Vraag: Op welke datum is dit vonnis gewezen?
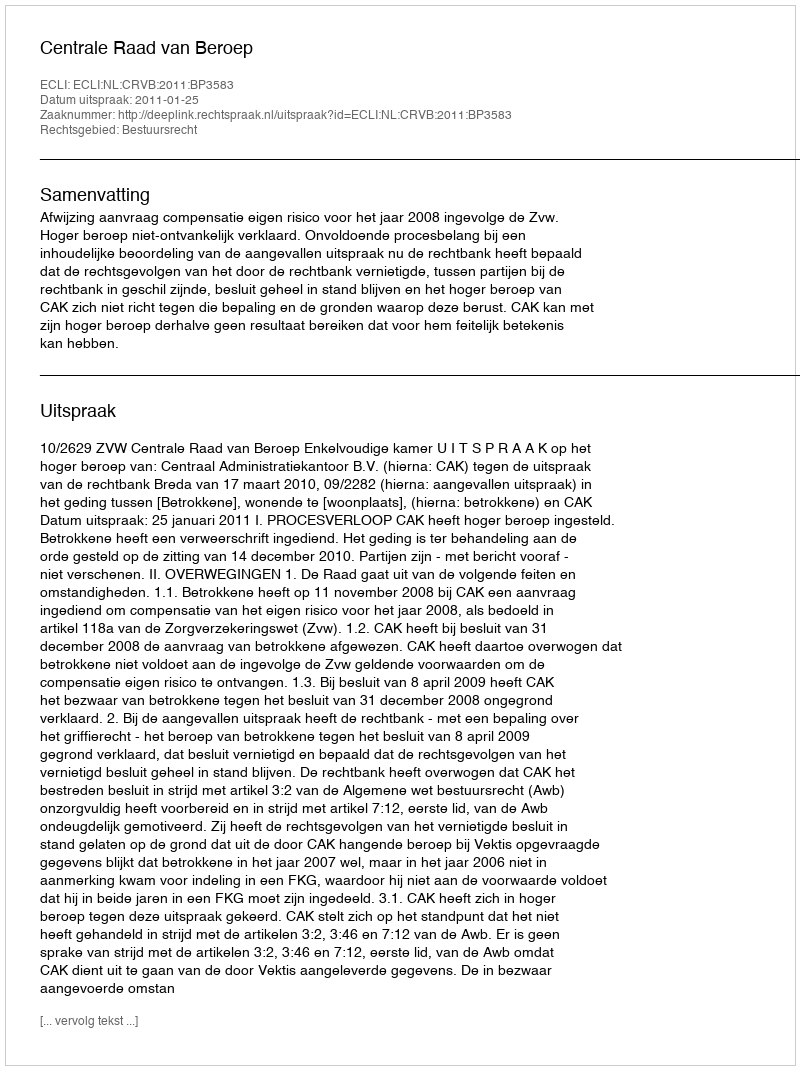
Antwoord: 2011-01-25